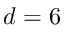
d = 6